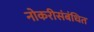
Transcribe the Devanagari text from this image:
नोकरीसंबंधित